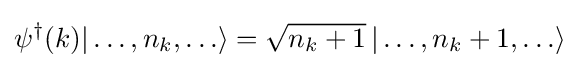
\psi ^{\dagger }(k)|\dots ,n_{k},\ldots \rangle ={\sqrt {n_{k}+1}}\,|\dots ,n_{k}+1,\ldots \rangle